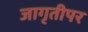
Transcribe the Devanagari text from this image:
जागृतीपर